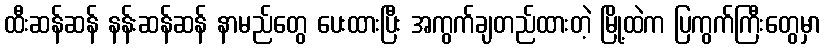
ထီးဆန်ဆန် နန်းဆန်ဆန် နာမည်တွေ ပေးထားပြီး အကွက်ချတည်ထားတဲ့ မြို့ထဲက ပြကွက်ကြီးတွေမှာ